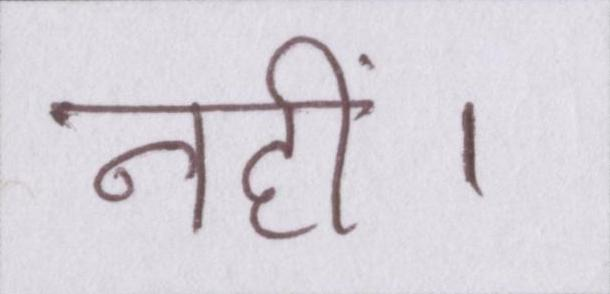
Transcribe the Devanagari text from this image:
नहीं।